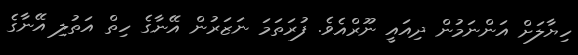
ހިޔާލަށް އަންނަމުން ދިއައީ ނޫރްއެވެ. ފުރަތަމަ ނަޒަރުން އޭނާގެ ހިތް އަތުލި އޭނާގެ